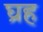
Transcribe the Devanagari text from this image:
घ्रह